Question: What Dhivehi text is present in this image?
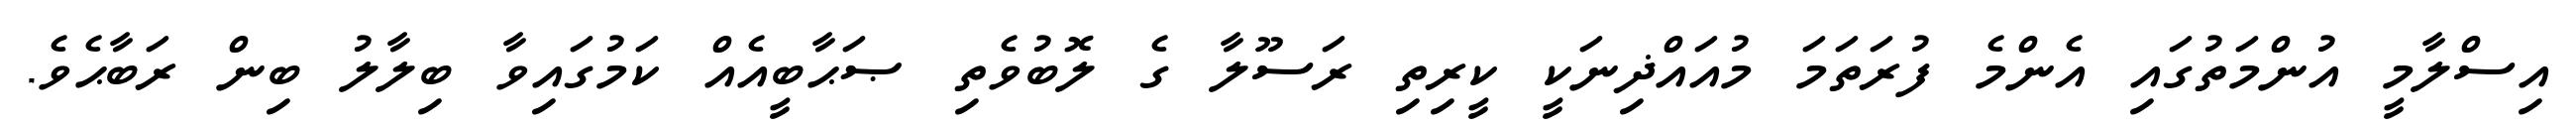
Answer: އިސްލާމީ އުންމަތުގައި އެންމެ ފުރަތަމަ މުއައްޛިނަކީ ކީރިތި ރަސޫލާ ގެ ލޮބުވެތި ޞަޙާބީއެއް ކަމުގައިވާ ބިލާލު ބިން ރަބާޙެވެ.